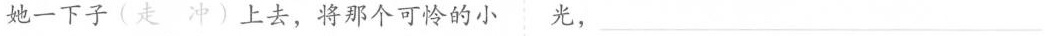
她一下子(走 冲）上去，将那个可怜的小光，___